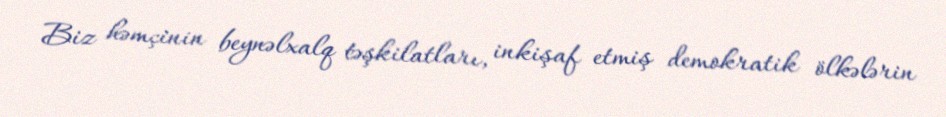
Biz həmçinin beynəlxalq təşkilatları, inkişaf etmiş demokratik ölkələrin